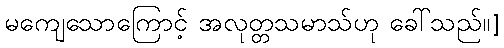
မကျေသောကြောင့် အလုတ္တသမာသ်ဟု ခေါ်သည်။]